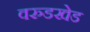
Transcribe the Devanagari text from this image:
वरुडखेड